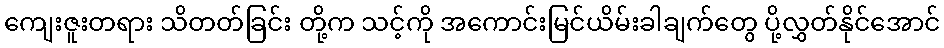
ကျေးဇူးတရား သိတတ်ခြင်း တို့က သင့်ကို အကောင်းမြင်ယိမ်းခါချက်တွေ ပို့လွှတ်နိုင်အောင်